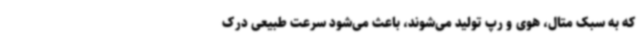
که به سبک متال، هوی و رپ تولید می‌شوند، باعث می‌شود سرعت طبیعی درک